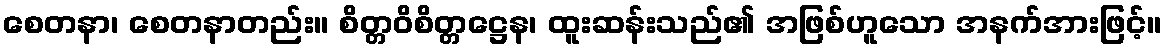
စေတနာ၊ စေတနာတည်း။ စိတ္တဝိစိတ္တဋ္ဌေန၊ ထူးဆန်းသည်၏ အဖြစ်ဟူသော အနက်အားဖြင့်။